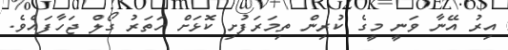
އިރު އޭނާ ވަނީ މީގެ ކުރިން ތިމަރަފުށި ކޮޅަށް ހަތަރު ގޯލް ޖަހާފައެވެ.